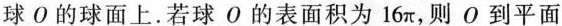
球 O 的球面上。若球 O 的表面积为 16π，则 O 到平面